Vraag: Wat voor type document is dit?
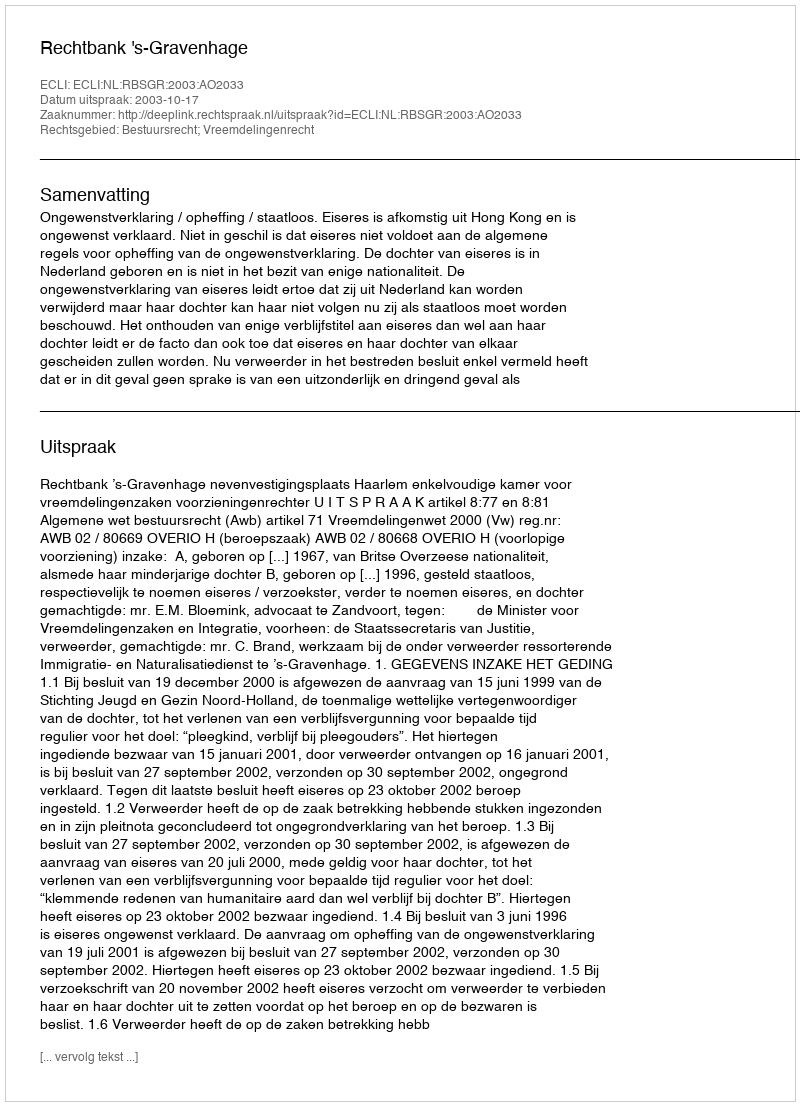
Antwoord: Uitspraak